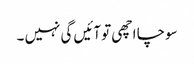
سوچا اچھی تو آئیں گی نہیں ۔